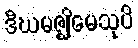
ဒီဃမဇ္ဈိမေသုပိ